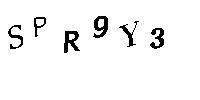
SPR9Y3